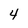
Character: 4